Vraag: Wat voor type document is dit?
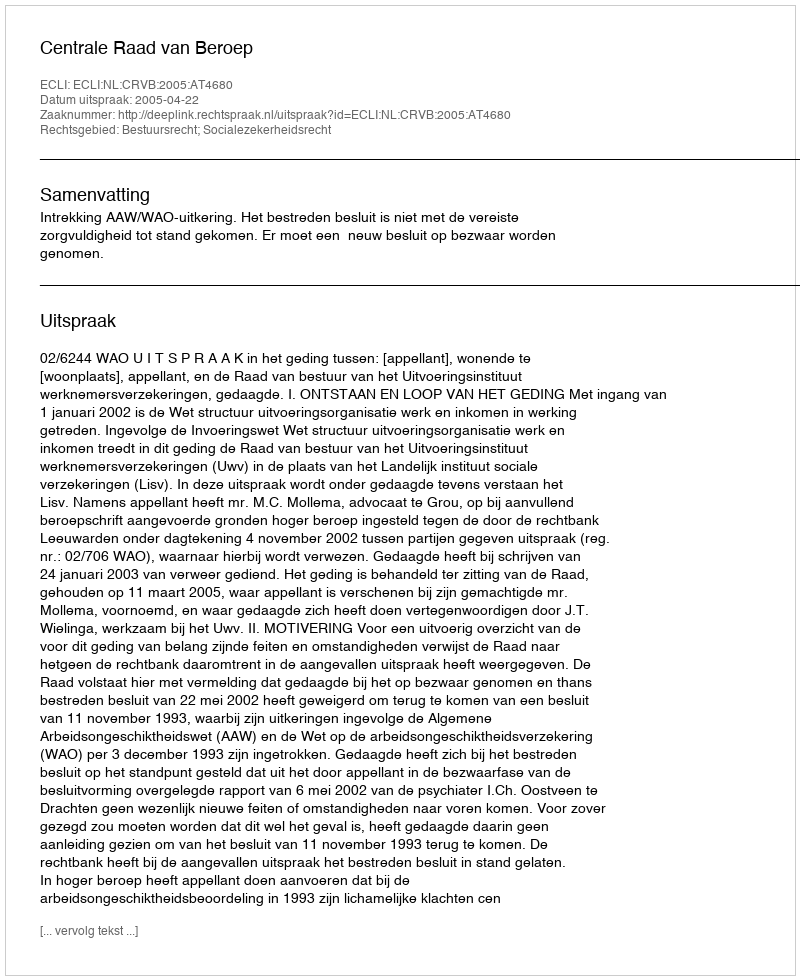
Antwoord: Uitspraak